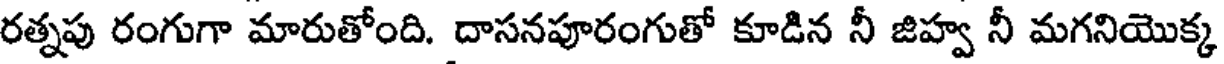
రత్నపు రంగుగా మారుతోంది. దాసనపూరంగుతో కూడిన నీ జిహ్వ నీ మగనియొక్క